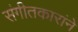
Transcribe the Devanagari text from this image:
संगीतकारांने